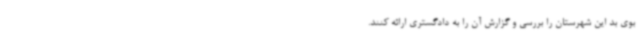
بوی بد این شهرستان را بررسی و گزارش آن را به دادگستری ارائه کنند.